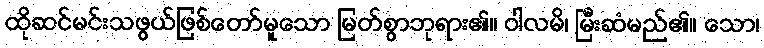
ထိုဆင်မင်းသဖွယ်ဖြစ်တော်မူသော မြတ်စွာဘုရား၏။ ဝါလမိ၊ မြီးဆံမည်၏။ သော၊